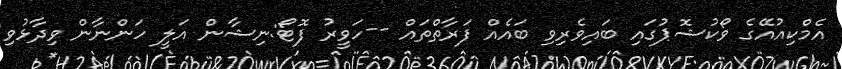
އެމްކިއުއޭގެ ވޯކުޝޮޕުގައި ބައިވެރިވި ބައެއް ފަރާތްތައް --ހަވީރު ފޮޓޯ:ނިޝާން އަލީ ހަންނާން ވިދާޅުވި